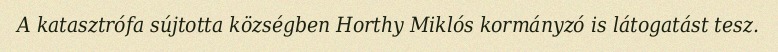
A katasztrófa sújtotta községben Horthy Miklós kormányzó is látogatást tesz.